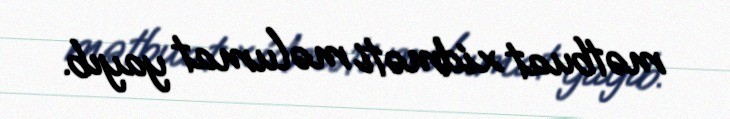
mətbuat xidməti məlumat yayıb.